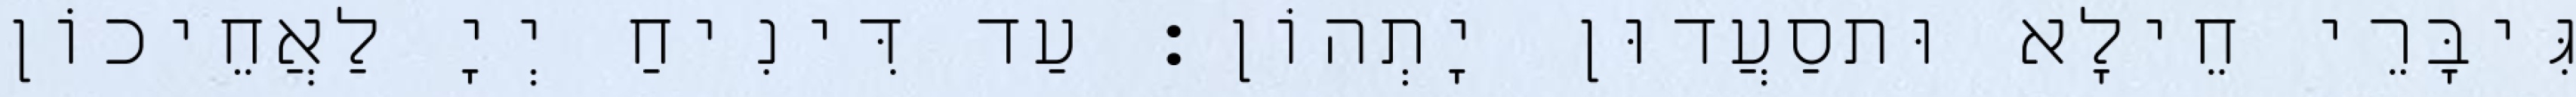
גִּיבָּרֵי חֵילָא וּתסַעֲדוּן יָתְהוֹן׃ עַד דִּינִיחַ יְיָ לַאֲחֵיכוֹן